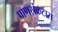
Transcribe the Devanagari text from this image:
प्राणसंकटास